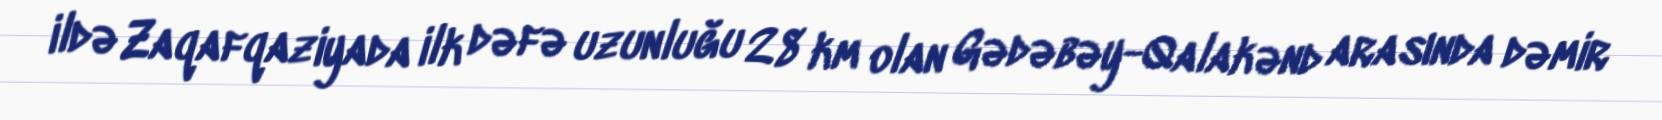
ildə Zaqafqaziyada ilk dəfə uzunluğu 28 km olan Gədəbəy-Qalakənd arasında dəmir